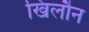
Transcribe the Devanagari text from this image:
खिलौन